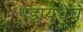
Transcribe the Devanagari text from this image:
पडायचेच